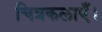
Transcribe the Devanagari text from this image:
चित्रकलाएँ।